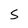
Character: 5